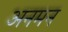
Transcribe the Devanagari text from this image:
अनमन